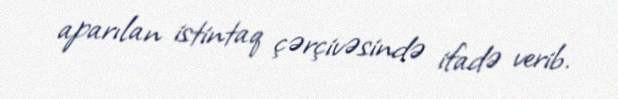
aparılan istintaq çərçivəsində ifadə verib.